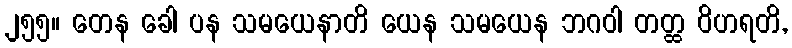
၂၅၅။ တေန ခေါ ပန သမယေနာတိ ယေန သမယေန ဘဂဝါ တတ္ထ ဝိဟရတိ,